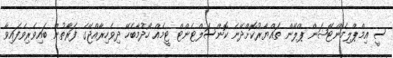
ސީ އިމްޕްލިމެންޓޭޝަން ޕްލޭން ތައްޔާރުކޮށްދޭނެ ކޮންސަލްޓެންޓް ޓީމެއް ހޯދުމާބެހޭ ދިވެހިރާއްޖޭގެ ފަރާތުން ބައިވެރިވެފައިވާ